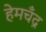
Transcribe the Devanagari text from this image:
हेमचँद्र